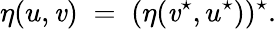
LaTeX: \eta(u,\mathit{v})\; =\; (\eta(\mathit{v}^{\star},u^{\star}))^{\star}.